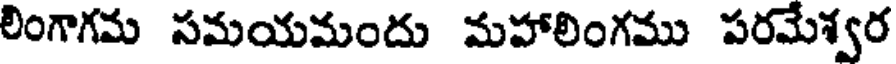
లింగాగమ సమయమందు మహాలింగము పరమేశ్వర